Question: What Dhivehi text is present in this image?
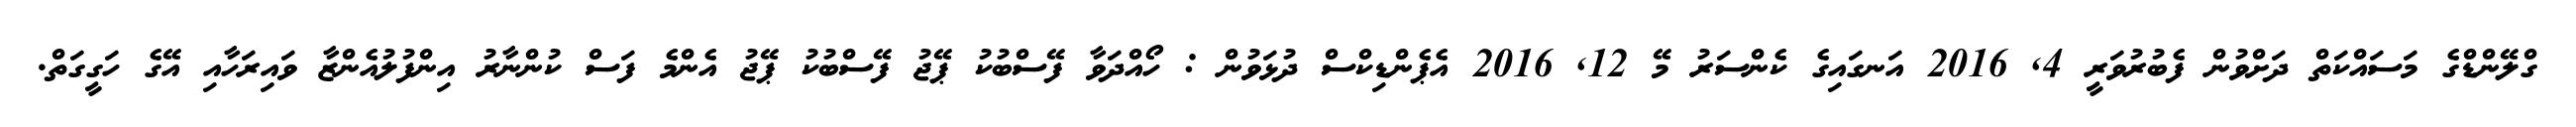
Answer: ގްލޭންޑްގެ މަސައްކަތް ދަށްވުން ފެބުރުވަރީ 4, 2016 އަނގައިގެ ކެންސަރު މޭ 12, 2016 އެޕެންޑިކްސް ދުޅަވުން : ހޯއްދަވާ ފޭސްބުކު ޕޭޖު ފޭސްބުކު ޕޭޖު އެންމެ ފަސް ކުންނާރު އިންފުލުއެންޒާ ވައިރަހާއި އޭގެ ހަގީގަތް.